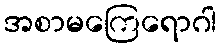
အစာမကြေရောဂါ